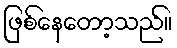
ဖြစ်နေတော့သည်။